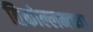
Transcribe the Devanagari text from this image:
तिकोल्लमच्या